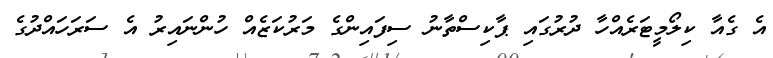
އެ ގެއާ ކިލޯމީޓަރެއްހާ ދުރުގައި ޕާކިސްތާނު ސިފައިންގެ މަރުކަޒެއް ހުންނައިރު އެ ސަރަހައްދުގެ